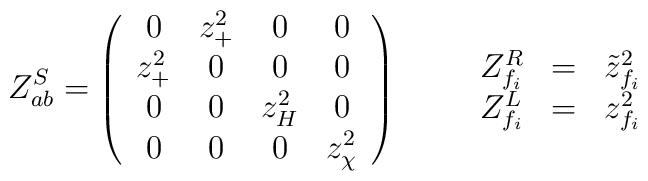
Z^S_{ab} = \left(\begin{array}{cccc}       0 & z_+^2 & 0 & 0 \\       z_+^2 & 0 & 0 & 0 \\        0& 0& z_H^2 &  0 \\       0 & 0 & 0 & z^2_\chi \end{array} \right)\qquad\begin{array} {ccc}Z^R _{f_i} & = &\tilde z_{f_i}^2 \\Z^L _{f_i} & = & z_{f_i}^2\end{array}